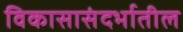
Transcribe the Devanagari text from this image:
विकासासंदर्भातील